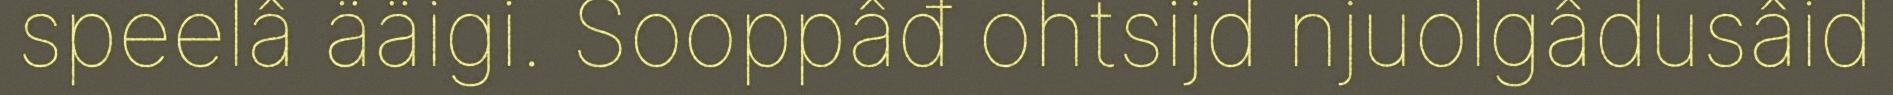
speelâ ääigi. Sooppâđ ohtsijd njuolgâdusâid